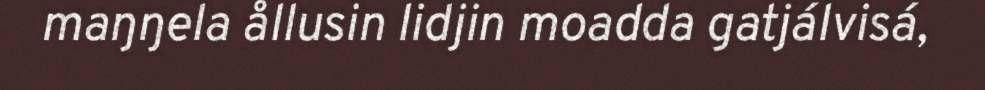
maŋŋela ållusin lidjin moadda gatjálvisá,